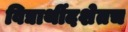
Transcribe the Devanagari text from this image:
विद्यार्थीदशेतच